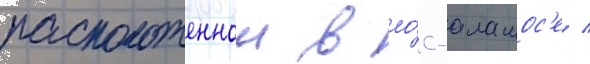
расположеннои в ло́с-аламос'е /